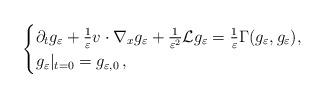
LaTeX: \begin{align*}\begin{cases}\partial_tg_\varepsilon+\frac 1 \varepsilon v\cdot\nabla_{x}g_\varepsilon+\frac 1{\varepsilon^2}\mathcal{L}g_\varepsilon=\frac{1}{\varepsilon}\Gamma(g_\varepsilon, g_\varepsilon),\\g_\varepsilon|_{t=0}=g_{\varepsilon, 0}\,,\end{cases}\end{align*}